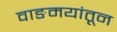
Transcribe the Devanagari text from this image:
वाङमयांतून